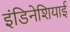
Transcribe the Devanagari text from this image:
इंडिनेशियाई